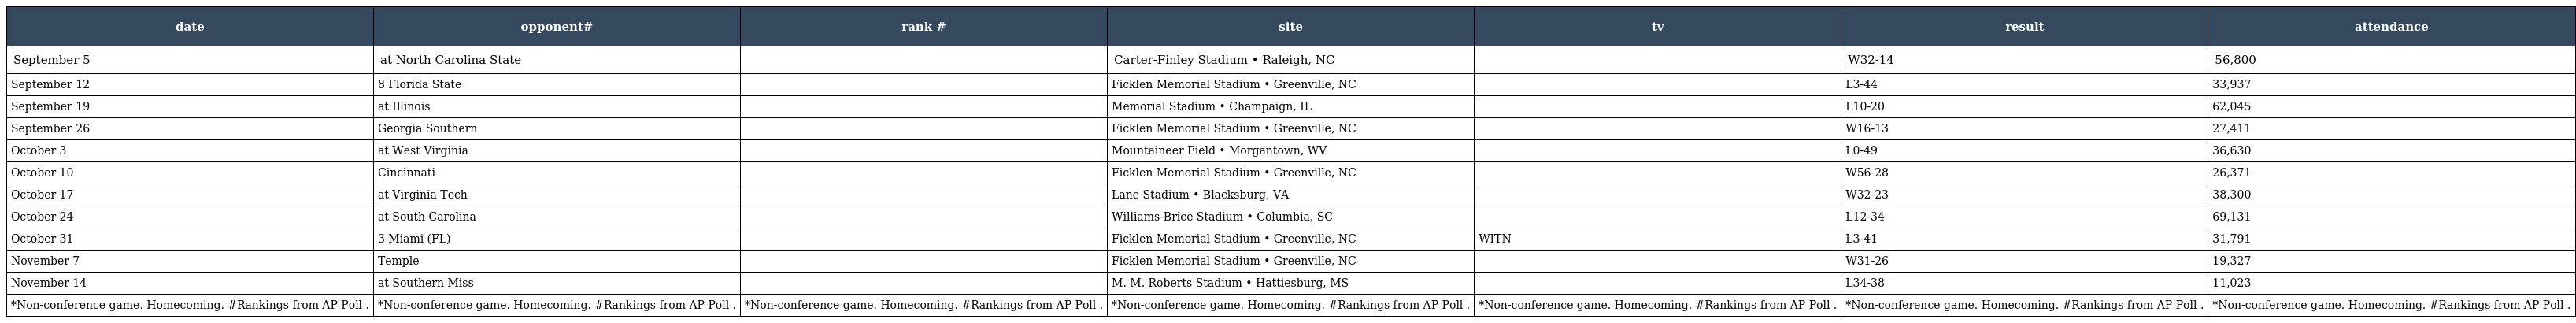
| date | opponent# | rank # | site | tv | result | attendance |
 | --- | --- | --- | --- | --- | --- | --- |
 | September 5 | at North Carolina State |  | Carter-Finley Stadium • Raleigh, NC |  | W32-14 | 56,800 |
 | September 12 | 8 Florida State |  | Ficklen Memorial Stadium • Greenville, NC |  | L3-44 | 33,937 |
 | September 19 | at Illinois |  | Memorial Stadium • Champaign, IL |  | L10-20 | 62,045 |
 | September 26 | Georgia Southern |  | Ficklen Memorial Stadium • Greenville, NC |  | W16-13 | 27,411 |
 | October 3 | at West Virginia |  | Mountaineer Field • Morgantown, WV |  | L0-49 | 36,630 |
 | October 10 | Cincinnati |  | Ficklen Memorial Stadium • Greenville, NC |  | W56-28 | 26,371 |
 | October 17 | at Virginia Tech |  | Lane Stadium • Blacksburg, VA |  | W32-23 | 38,300 |
 | October 24 | at South Carolina |  | Williams-Brice Stadium • Columbia, SC |  | L12-34 | 69,131 |
 | October 31 | 3 Miami (FL) |  | Ficklen Memorial Stadium • Greenville, NC | WITN | L3-41 | 31,791 |
 | November 7 | Temple |  | Ficklen Memorial Stadium • Greenville, NC |  | W31-26 | 19,327 |
 | November 14 | at Southern Miss |  | M. M. Roberts Stadium • Hattiesburg, MS |  | L34-38 | 11,023 |
 | *Non-conference game. Homecoming. #Rankings from AP Poll . | *Non-conference game. Homecoming. #Rankings from AP Poll . | *Non-conference game. Homecoming. #Rankings from AP Poll . | *Non-conference game. Homecoming. #Rankings from AP Poll . | *Non-conference game. Homecoming. #Rankings from AP Poll . | *Non-conference game. Homecoming. #Rankings from AP Poll . | *Non-conference game. Homecoming. #Rankings from AP Poll . |